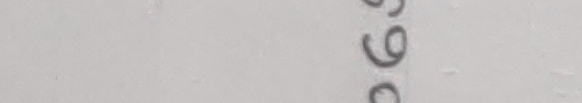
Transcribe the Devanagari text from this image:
७९०